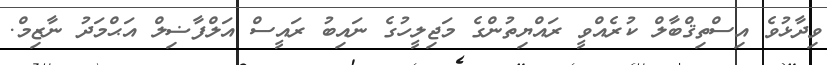
ވިދާޅުވެ އިސްތިޤްބާލް ކުރެއްވީ ރައްޔިތުންގެ މަޖިލީހުގެ ނައިބު ރައީސް އަލްފާޟިލް އަޙްމަދު ނާޒިމް.